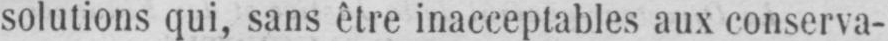
solutions qui, sans être inacceptables aux conserva-